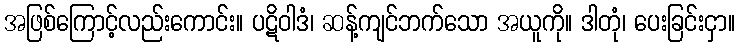
အဖြစ်ကြောင့်လည်းကောင်း။ ပဋိဝါဒံ၊ ဆန့်ကျင်ဘက်သော အယူကို။ ဒါတုံ၊ ပေးခြင်းငှာ။